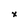
Character: x